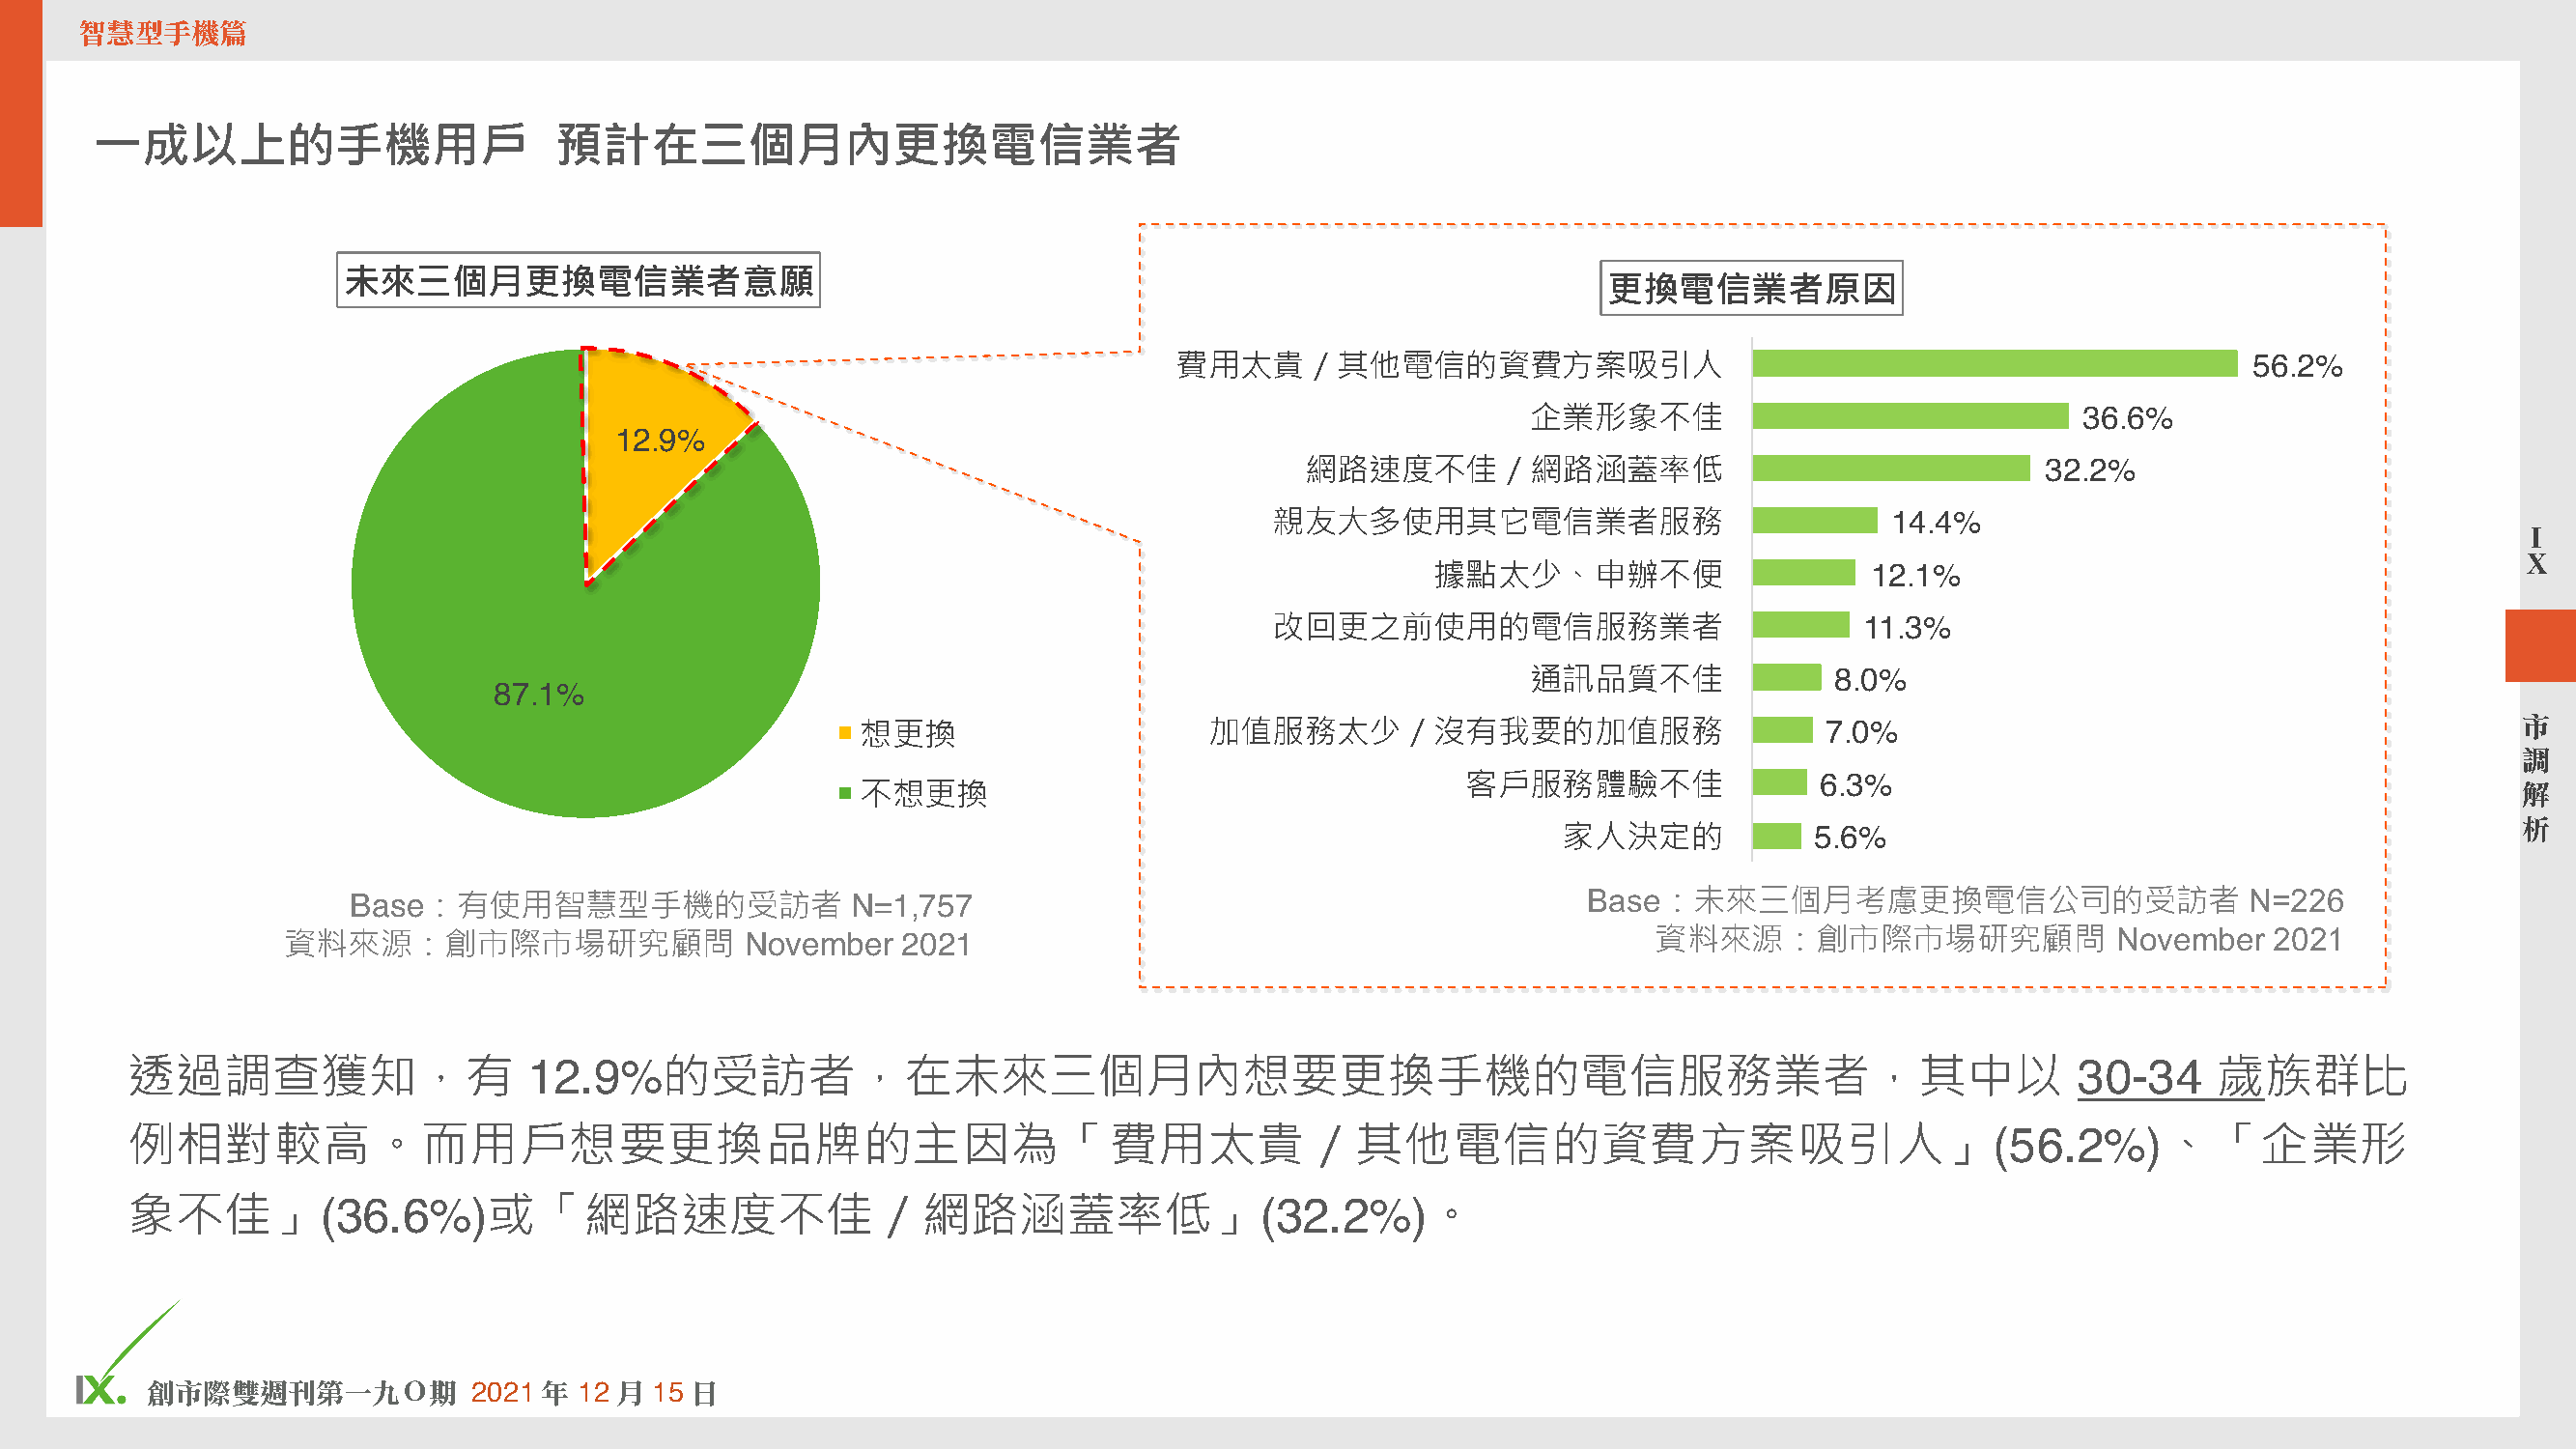
智慧型手機篇
 一成以上的手機用戶                       預計在三個月內更換電信業者
 未來三個月更換電信業者意願
 更換電信業者原因
 費用太貴／其他電信的資費方案吸引人                                                        56.2%
 企業形象不佳                                36.6%
 12.9%
 網路速度不佳／網路涵蓋率低                                      32.2%
 親友大多使用其它電信業者服務                             14.4%
 I
 X
 據點太少、申辦不便                     12.1%
 改回更之前使用的電信服務業者                           11.3%
 通訊品質不佳               8.0%
 87.1%
 想更換                     加值服務太少／沒有我要的加值服務                          7.0%                                            市
 調
 客戶服務體驗不佳                 6.3%
 不想更換                                                                                                              解
 家人決定的            5.6%                                             析
 Base：有使用智慧型手機的受訪者                 N=1,757                                            Base：未來三個月考慮更換電信公司的受訪者                       N=226
 資料來源：創市際市場研究顧問                  November   2021                                               資料來源：創市際市場研究顧問                  November   2021
 透過調查獲知，有                   12.9%的受訪者，在未來三個月內想要更換手機的電信服務業者，其中以                                                                        30-34     歲族群比
 例相對較高。而用戶想要更換品牌的主因為「費用太貴／其他電信的資費方案吸引人」(56.2%)、「企業形
 象不佳」(36.6%)或「網路速度不佳／網路涵蓋率低」(32.2%)。
 5
 創市際雙週刊第㆒㈨Ｏ期           2021 年  12 ㈪ 15 ㈰                                                                                                 © comScore, Inc. Proprietary.